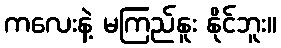
ကလေးနဲ့ မကြည်နူး နိုင်ဘူး။